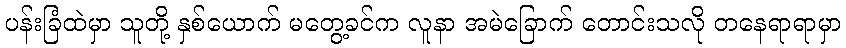
ပန်းခြံထဲမှာ သူတို့ နှစ်ယောက် မတွေ့ခင်က လူနာ အမဲခြောက် တောင်းသလို တနေရာရာမှာ